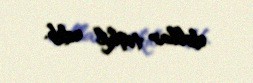
dollar təşkil edib.